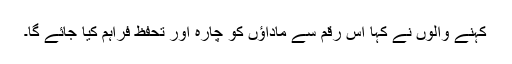
کہنے والوں نے کہا اس رقم سے ماداؤں کو چارہ اور تحفظ فراہم کیا جائے گا۔